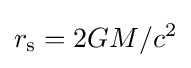
r_{\text{s}}={2GM}/{c^{2}}